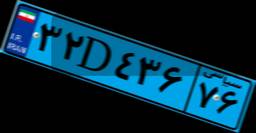
۳۲D۴۳۶۷۶